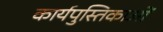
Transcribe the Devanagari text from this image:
कार्यपुस्तिकाओं